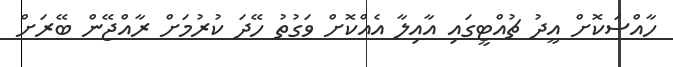
ހާއްސަކޮށް އީދު ޗުއްޓީގައި އާއިލާ އެއްކޮށް ވަގުތު ހޭދަ ކުރުމަށް ރާއްޖޭން ބޭރަށް